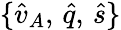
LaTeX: \{ \hat{v}_{A},\, \hat{q},\, \hat{s}\}